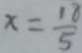
x = \frac { 1 8 } { 5 }